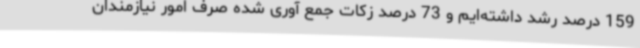
159 درصد رشد داشته‌ایم و 73 درصد زکات جمع آوری شده صرف امور نیازمندان